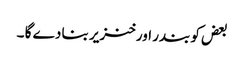
بعض کو بندر اور خنزیر بنا دے گا ۔